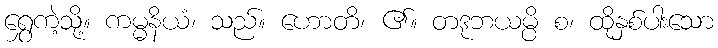
ရွှေကဲ့သို့။ ကမ္မနိယံ၊ သည်။ ဟောတိ၊ ၏။ တဒုဘယမ္ပိ စ၊ ထိုနှစ်ပါးသော